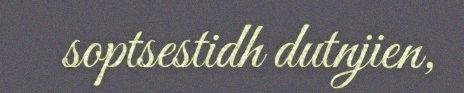
soptsestidh dutnjien,